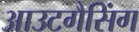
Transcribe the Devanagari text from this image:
आउटगैसिंग